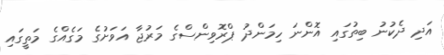
އަދި ދެކުނު ބިތުގައި އޮންނަ ހިމަންދު ޕްރޮވިންސްގެ މަރުޖާ އަވަށުގެ މަގެއްގެ މަތީގައި